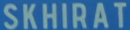
SKHIRAT